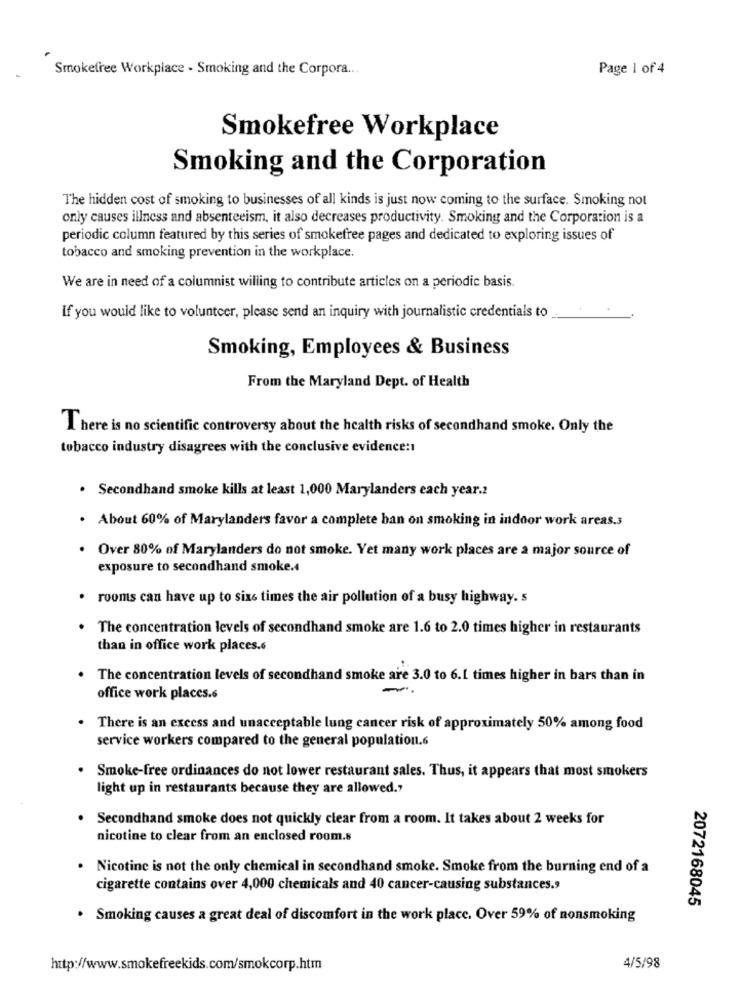
Smokefree Workplace - Smoking and the Corpora ...
Page 1 of 4
Smokefree Workplace
Smoking and the Corporation
The hidden cost of smoking to businesses of all kinds is just now coming to the surface. Smoking not
only causes illness and absenteeism, it also decreases productivity. Smoking and the Corporation is a
periodic column featured by this series of smokefree pages and dedicated to exploring issues of
tobacco and smoking prevention in the workplace.
We are in need of a columnist willing to contribute articles on a periodic basis.
If you would like to volunteer, please send an inquiry with journalistic credentials to
Smoking, Employees & Business
From the Maryland Dept. of Health
There is no scientific controversy about the health risks of secondhand smoke. Only the
tobacco industry disagrees with the conclusive evidence:
. Secondhand smoke kills at least 1,000 Marylanders each year.2
About 60% of Marylanders favor a complete ban on smoking in indoor work areas.3
Over 80% of Marylanders do not smoke. Yet many work places are a major source of
exposure to secondhand smoke.4
rooms can have up to sixe times the air pollution of a busy highway. s
The concentration levels of secondhand smoke are 1.6 to 2.0 times higher in restaurants
than in office work places.6
The concentration levels of secondhand smoke are 3.0 to 6.1 times higher in bars than in
office work places.6
. There is an excess and unacceptable lung cancer risk of approximately 50% among food
service workers compared to the general population.6
. Smoke-free ordinances do not lower restaurant sales. Thus, it appears that most smokers
light up in restaurants because they are allowed."
Secondhand smoke does not quickly clear from a room. It takes about 2 weeks for
nicotine to clear from an enclosed room.s
Nicotine is not the only chemical in secondhand smoke. Smoke from the burning end of a
cigarette contains over 4,000 chemicals and 40 cancer-causing substances.s
2072168045
Smoking causes a great deal of discomfort in the work place. Over 59% of nonsmoking
4/5/98
http://www.smokefreekids.com/smokcorp.htm